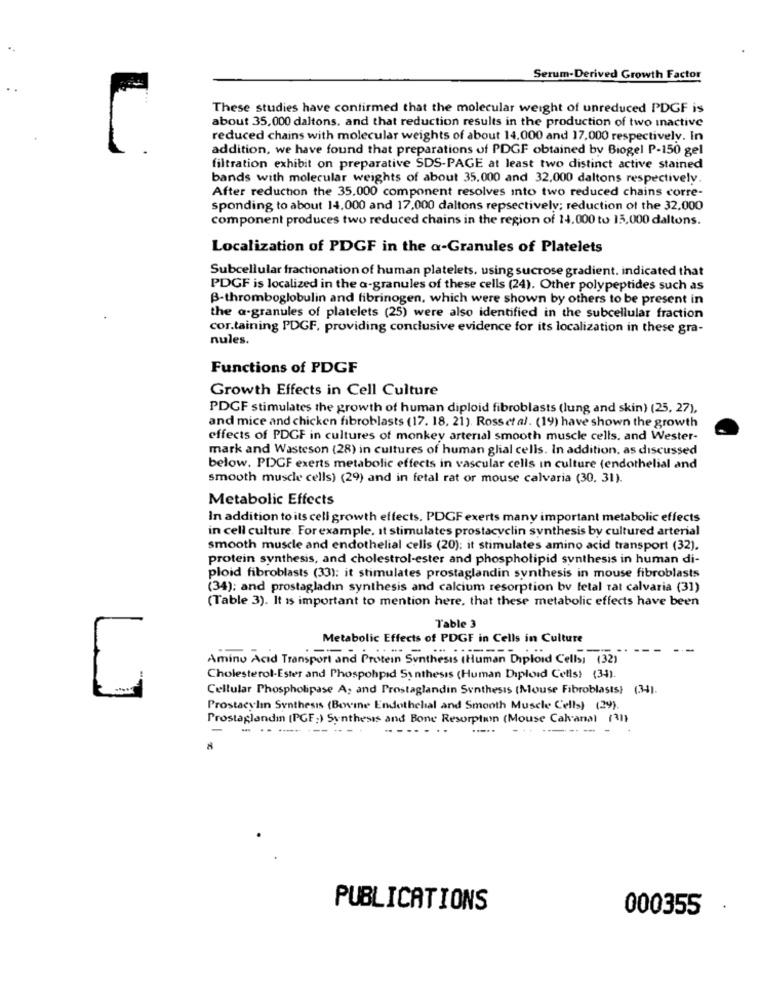
Serum-Derived Growth Factor
These studies have confirmed that the molecular weight of unreduced PDGF is
about 35,000 daltons, and that reduction results in the production of two inactive
reduced chains with molecular weights of about 14.000 and 17.000 respectively. In
addition, we have found that preparations of PDGF obtained by Biogel P-150 gel
filtration exhibit on preparative SDS-PAGE at least two distinct active stained
bands with molecular weights of about 35.000 and 32,000 daltons respectively.
After reduction the 35.000 component resolves into two reduced chains corre-
sponding to about 14.000 and 17,000 daltons repsectively; reduction of the 32,000
component produces two reduced chains in the region of 14.000 to 15.000 daltons.
Localization of PDGF in the a-Granules of Platelets
Subcellular fractionation of human platelets. using sucrose gradient. indicated that
PDGF is localized in the a-granules of these cells (24). Other polypeptides such as
B-thromboglobulin and fibrinogen, which were shown by others to be present in
the a-granules of platelets (25) were also identified in the subcellular fraction
cor.taining PDGF, providing conclusive evidence for its localization in these gra-
nules.
Functions of PDGF
Growth Effects in Cell Culture
PDGF stimulates the growth of human diploid fibroblasts (lung and skin) (25, 27),
and mice and chicken fibroblasts (17. 18, 21). Ross et al. (19) have shown the growth
effects of PDGF in cultures of monkey arterial smooth muscle cells. and Wester-
mark and Wasteson (28) in cultures of human glial cells. In addition, as discussed
below. PDGF exerts metabolic effects in vascular cells in culture (endothelial and
smooth muscle cells) (29) and in fetal rat or mouse calvaria (30. 31).
Metabolic Effects
In addition to its cell growth effects. PDGF exerts many important metabolic effects
in cell culture. For example, It stimulates prostacyclin synthesis by cultured arterial
smooth muscle and endothelial cells (20): it stimulates amino acid transport (32).
protein synthesis, and cholestrol-ester and phospholipid synthesis in human di-
ploid fibroblasts (33): it stimulates prostaglandin synthesis in mouse fibroblasts
(34); and prostagladın synthesis and calcium resorption bv tetal tat calvaria (31)
(Table 3). It is important to mention here. that these metabolic effects have been
Table 3
Metabolic Effects of PDGF in Cells in Culture
Amino Acid Transport and Protein Synthesis (Human Diploid Cells) (32)
Cholesterol-Ester and Phospohpid Synthesis (Human Diploid Cells) (34).
Cellular Phospholipase A; and Prostaglandin Synthesis (Mouse Fibroblasts) (34).
Prostacylin Synthesis (Bovine Endothelial and Smooth Muscle Cells) (29).
Prostaglandin (PGF:) Synthesis and Bone Resorption (Mouse Calvanal (31)
.. ---- -
PUBLICATIONS
000355
.